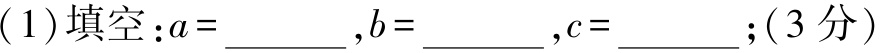
(1)填空：\(a = \underline{\quad\quad},b = \underline{\quad\quad},c = \underline{\quad\quad}\);(3分)